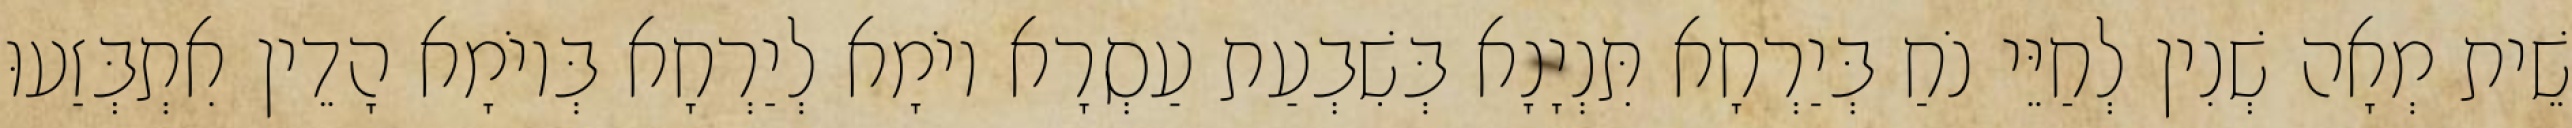
שֵׁית מְאָה שְׁנִין לְחַיֵּי נֹחַ בְּיַרְחָא תִּנְיָנָא בְּשִׁבְעַת עַסְרָא יוֹמָא לְיַרְחָא בְּיוֹמָא הָדֵין אִתְבְּזַעוּ